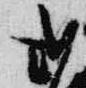
式